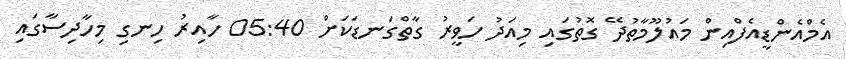
އެމްއެންޑީއެފްއިން މައުލޫމާތުދޭ ގޮތުގައި މިއަދު ހަވީރު ގާތްގަނޑަކަށް 05:40 ހާއިރު ހިނގި މިހާދިސާގައި